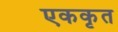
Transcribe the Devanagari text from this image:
एककृत